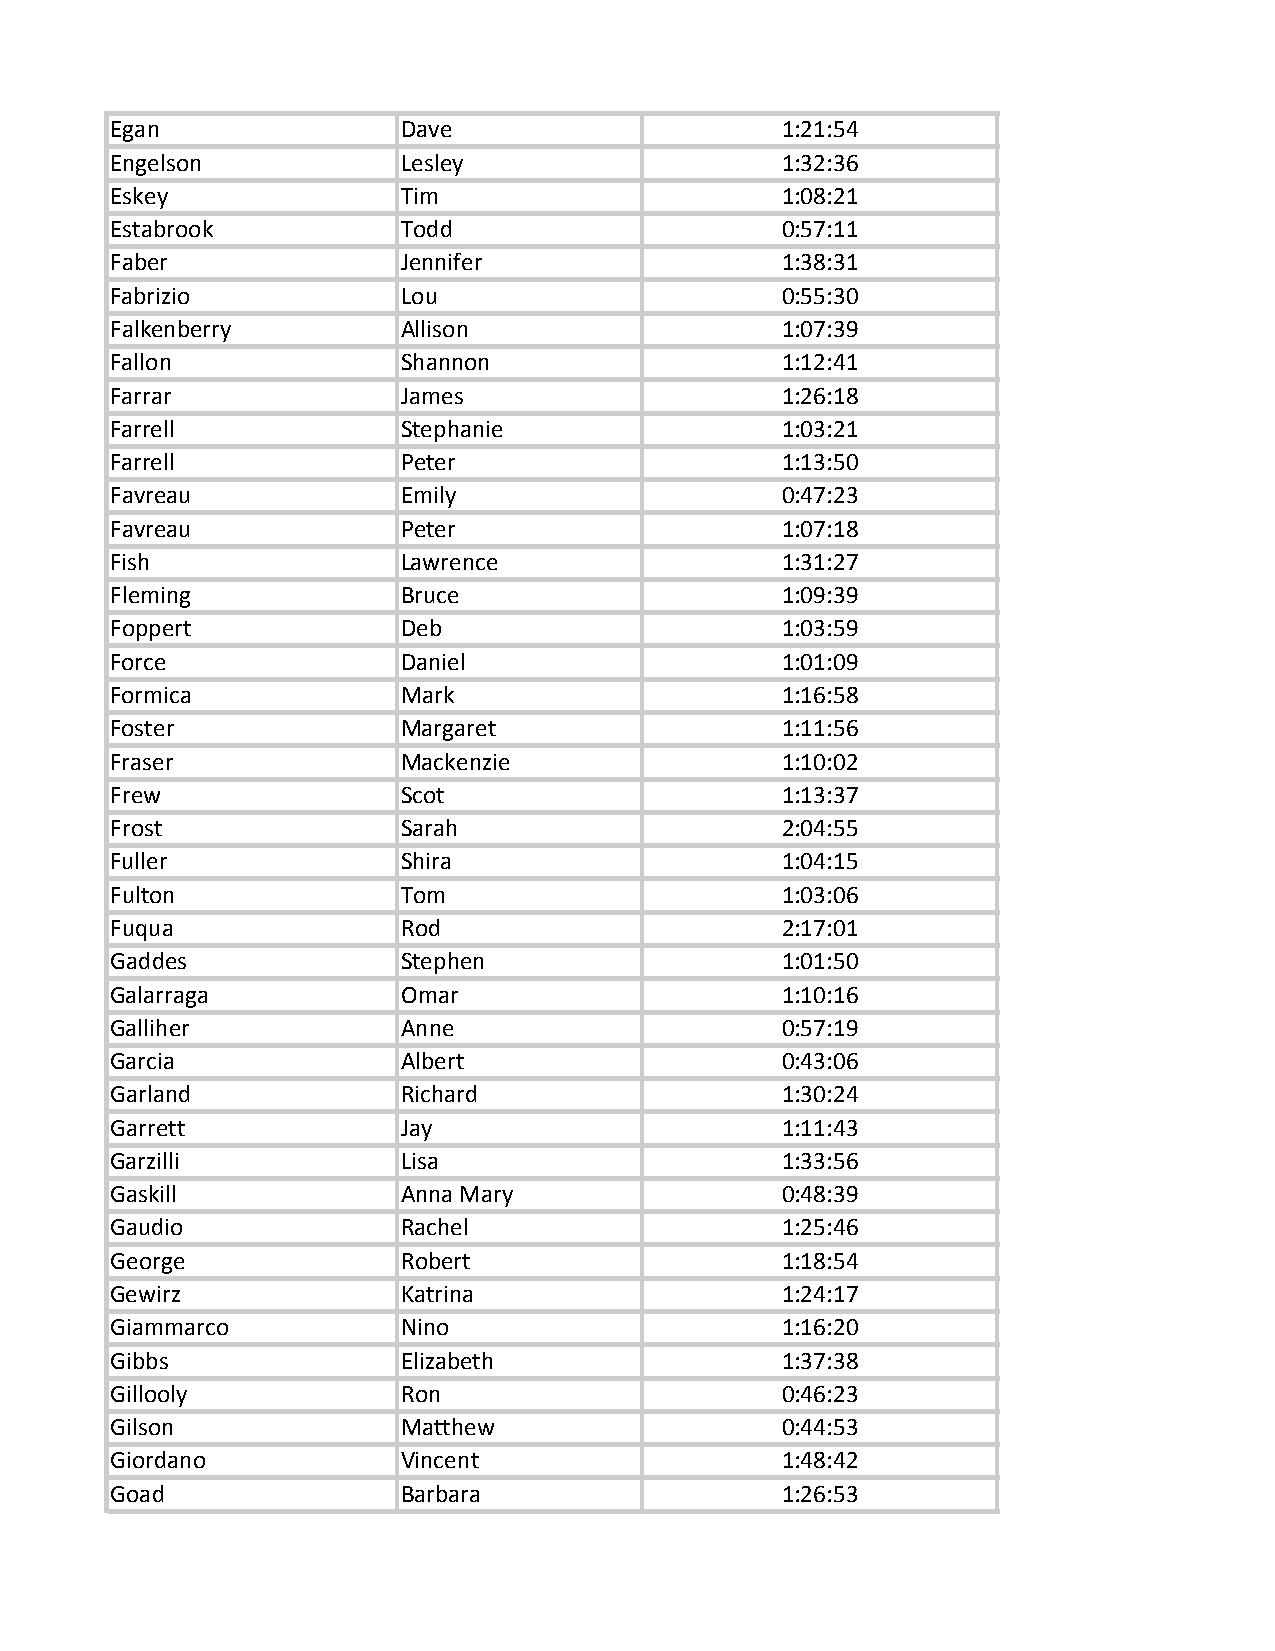
Egan                Dave                     1:21:54
 Engelson            Lesley                   1:32:36
 Eskey               Tim                      1:08:21
 Estabrook           Todd                     0:57:11
 Faber               Jennifer                 1:38:31
 Fabrizio            Lou                      0:55:30
 Falkenberry         Allison                  1:07:39
 Fallon              Shannon                  1:12:41
 Farrar              James                    1:26:18
 Farrell             Stephanie                1:03:21
 Farrell             Peter                    1:13:50
 Favreau             Emily                    0:47:23
 Favreau             Peter                    1:07:18
 Fish                Lawrence                 1:31:27
 Fleming             Bruce                    1:09:39
 Foppert             Deb                      1:03:59
 Force               Daniel                   1:01:09
 Formica             Mark                     1:16:58
 Foster              Margaret                 1:11:56
 Fraser              Mackenzie                1:10:02
 Frew                Scot                     1:13:37
 Frost               Sarah                    2:04:55
 Fuller              Shira                    1:04:15
 Fulton              Tom                      1:03:06
 Fuqua               Rod                      2:17:01
 Gaddes              Stephen                  1:01:50
 Galarraga           Omar                     1:10:16
 Galliher            Anne                     0:57:19
 Garcia              Albert                   0:43:06
 Garland             Richard                  1:30:24
 Garrett             Jay                      1:11:43
 Garzilli            Lisa                     1:33:56
 Gaskill             Anna Mary                0:48:39
 Gaudio              Rachel                   1:25:46
 George              Robert                   1:18:54
 Gewirz              Katrina                  1:24:17
 Giammarco           Nino                     1:16:20
 Gibbs               Elizabeth                1:37:38
 Gillooly            Ron                      0:46:23
 Gilson              Matthew                  0:44:53
 Giordano            Vincent                  1:48:42
 Goad                Barbara                  1:26:53